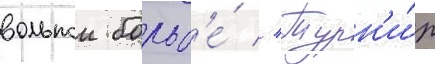
вольнои борьб'е́ // Турн'и́р